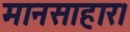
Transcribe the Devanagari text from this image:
मानसाहार।